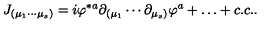
J _ { ( \mu _ { 1 } \cdots \mu _ { s } ) } = i \varphi ^ { * a } \partial _ { ( \mu _ { 1 } } \cdots \partial _ { \mu _ { s } ) } \varphi ^ { a } + \ldots + c . c . .